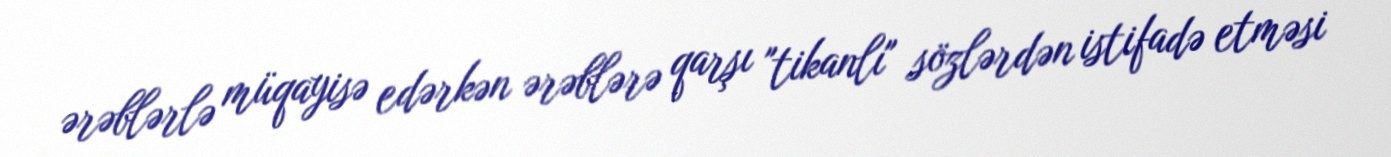
ərəblərlə müqayisə edərkən ərəblərə qarşı "tikanlı" sözlərdən istifadə etməsi